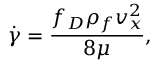
\dot { \gamma } = \frac { f _ { D } \rho _ { f } v _ { x } ^ { 2 } } { 8 \mu } ,